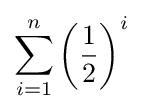
\sum _{i=1}^{n}\left({\frac {1}{2}}\right)^{i}